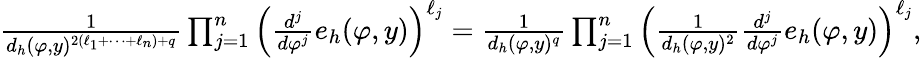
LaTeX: \begin{array}{r}{\frac{1}{d_{h}(\varphi,y)^{2(\ell_{1}+\cdots+\ell_{n})+q}}\prod_{j=1}^{n}\left(\frac{d^{j}}{d\varphi^{j}}e_{h}(\varphi,y)\right)^{\ell_{j}}=\frac{1}{d_{h}(\varphi,y)^{q}}\prod_{j=1}^{n}\left(\frac{1}{d_{h}(\varphi,y)^{2}}\frac{d^{j}}{d\varphi^{j}}e_{h}(\varphi,y)\right)^{\ell_{j}},}\end{array}